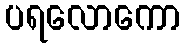
ပရလောကော